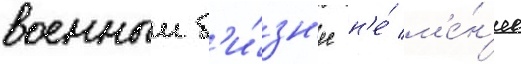
военныи б'и́зн'ес н'е́ м'е́н'ее